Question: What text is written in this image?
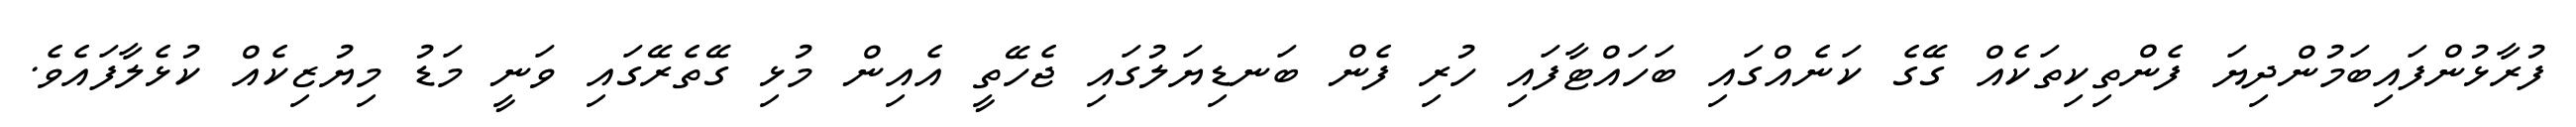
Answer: ފުރާޅުންފައިބަމުންދިޔަ ފެންތިކިތަކެއް ގޭގެ ކަނެއްގައި ބަހައްޓާފައި ހުރި ފެން ބަނޑިޔަލުގައި ޖެހޭތީ އެއިން މުޅި ގޭތެރޭގައި ވަނީ މަޑު މިޔުޒިކެއް ކުޅެލާފައެވެ.